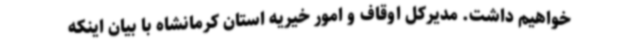
خواهیم داشت. مدیرکل اوقاف و امور خیریه استان کرمانشاه با بیان اینکه